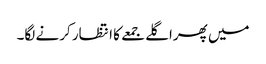
میں پھراگلے جمعے کا انتظار کرنے لگا۔